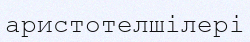
аристотелшілері